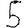
Digit: 5